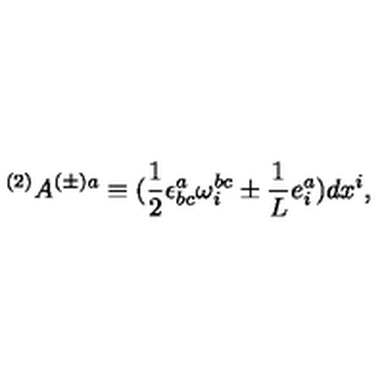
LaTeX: ^ { ( 2 ) } A ^ { ( \pm ) a } \equiv ( \frac { 1 } { 2 } \epsilon _ { \mathrm { } b c } ^ { a } \omega _ { i } ^ { b c } \pm \frac { 1 } { L } e _ { i } ^ { a } ) d x ^ { i } ,